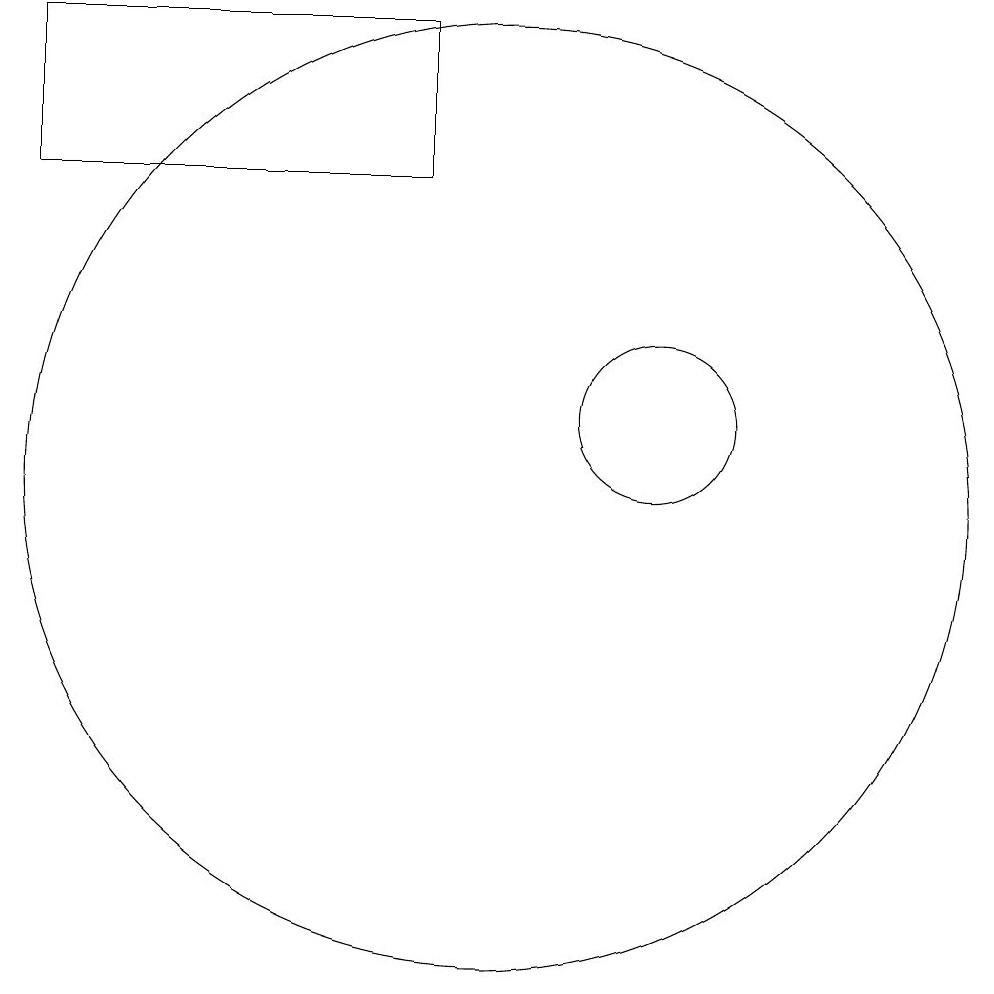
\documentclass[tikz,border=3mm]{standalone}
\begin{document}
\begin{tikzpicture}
\draw (12,11) circle (1);
\draw (4,14) rectangle (9,16);
\draw (10,10) circle (6);
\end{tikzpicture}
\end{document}